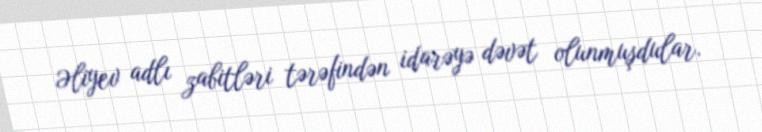
Əliyev adlı zabitləri tərəfindən idarəyə dəvət olunmuşdular.